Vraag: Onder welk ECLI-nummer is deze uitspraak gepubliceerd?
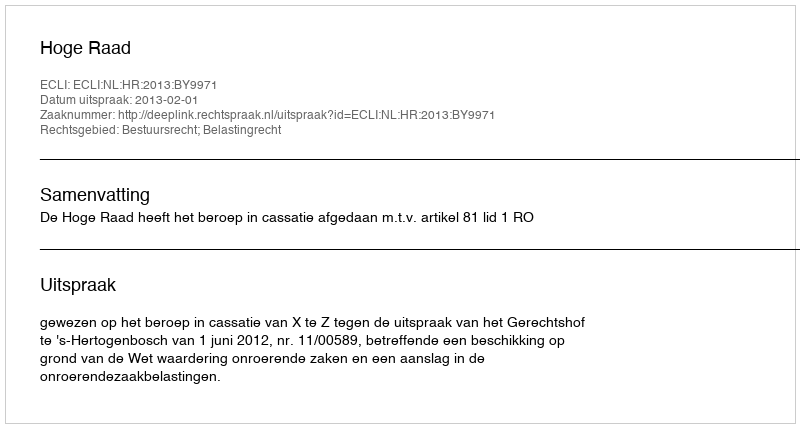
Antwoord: ECLI:NL:HR:2013:BY9971